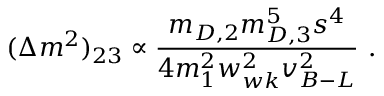
( \Delta m ^ { 2 } ) _ { 2 3 } \propto { \frac { m _ { D , 2 } m _ { D , 3 } ^ { 5 } s ^ { 4 } } { 4 m _ { 1 } ^ { 2 } w _ { w k } ^ { 2 } v _ { B - L } ^ { 2 } } } ~ .